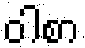
ဝါစာ